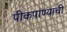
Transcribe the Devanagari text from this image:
पीकपाण्याची